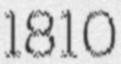
1810